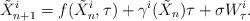
LaTeX: \begin{align*}\tilde X_{n+1}^i = f(\tilde X_n^i,\tau) + \gamma^i(\tilde X_n)\tau + \sigma W_\tau^i.\end{align*}